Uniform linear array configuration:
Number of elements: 32
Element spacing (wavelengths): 1
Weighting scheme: kaiser
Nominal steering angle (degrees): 15
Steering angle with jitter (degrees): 13.703
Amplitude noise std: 0.05
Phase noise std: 0.05

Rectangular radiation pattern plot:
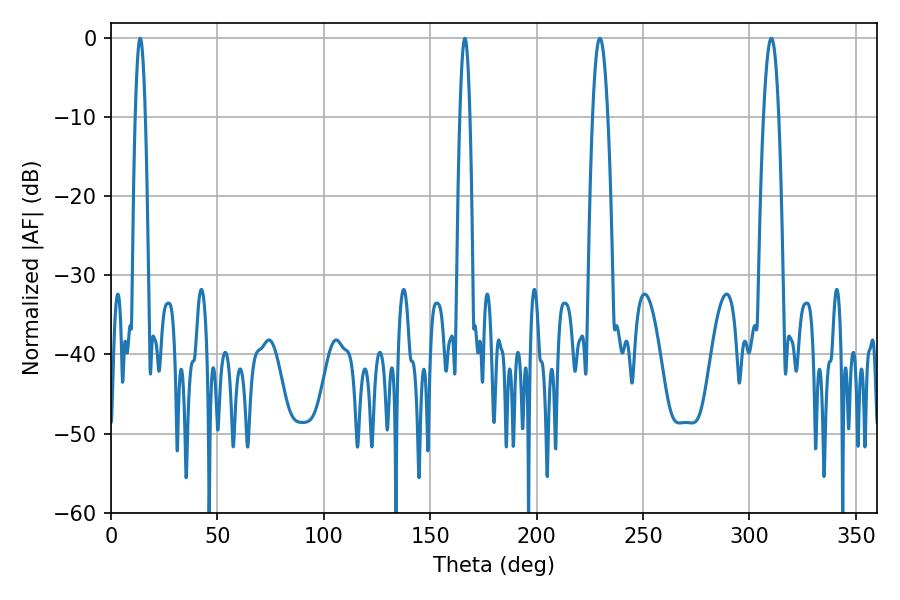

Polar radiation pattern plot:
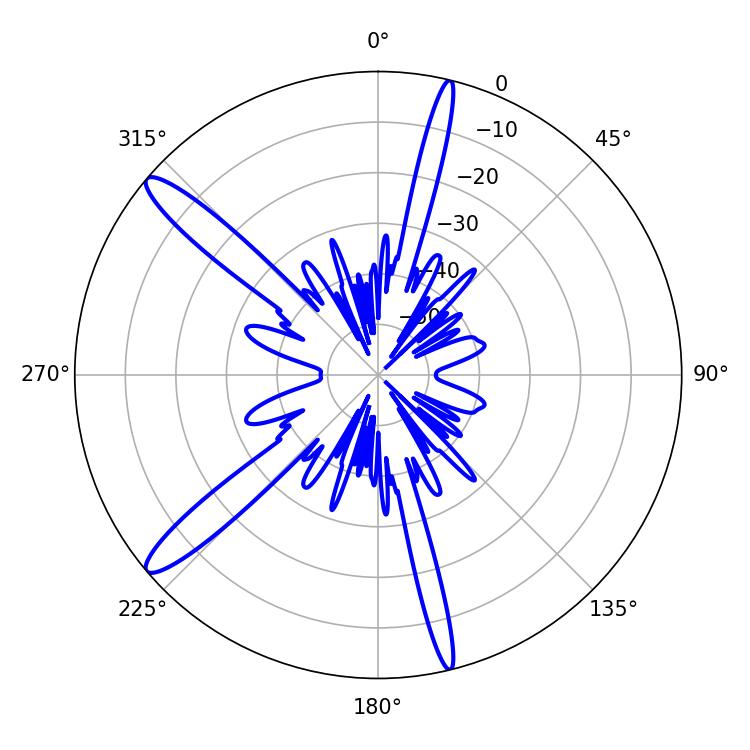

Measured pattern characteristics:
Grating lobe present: TRUE
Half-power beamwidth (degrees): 3.78
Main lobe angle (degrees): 229.68